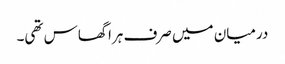
درمیان میں صرف ہرا گھاس تھی۔